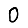
Digit: 0